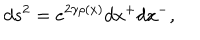
d s ^ { 2 } = e ^ { 2 \gamma \rho ( x ) } d x ^ { + } d x ^ { - } ,